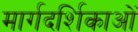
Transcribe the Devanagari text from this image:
मार्गदर्शिकाओं